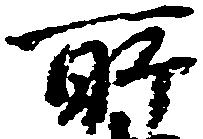
所